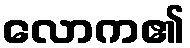
လောက၏